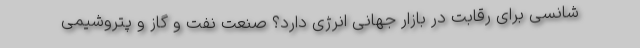
شانسی برای رقابت در بازار جهانی انرژی دارد؟ صنعت نفت و گاز و پتروشیمی